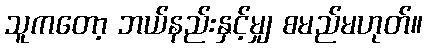
သူကတော့ ဘယ်နည်းနှင့်မျှ စမည်မဟုတ်။